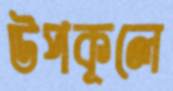
উপকূলে